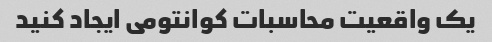
یک واقعیت محاسبات کوانتومی ایجاد کنید